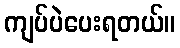
ကျပ်ပဲပေးရတယ်။